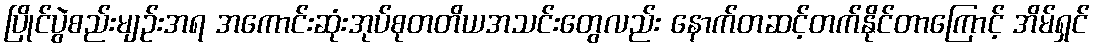
ပြိုင်ပွဲစည်းမျဉ်းအရ အကောင်းဆုံးအုပ်စုတတိယအသင်းတွေလည်း နောက်တဆင့်တက်နိုင်တာကြောင့် အိမ်ရှင်